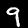
Label: 9